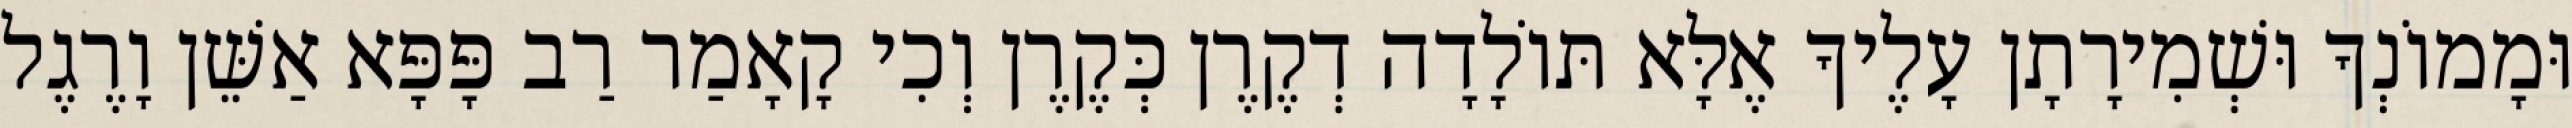
וּמָמוֹנְךָ וּשְׁמִירָתָן עָלֶיךָ אֶלָּא תּוֹלָדָה דְקֶרֶן כְּקֶרֶן וְכִי קָאָמַר רַב פָּפָּא אַשֵּׁן וָרֶגֶל